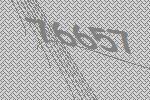
76657